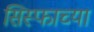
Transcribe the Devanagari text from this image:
सिस्फाच्या